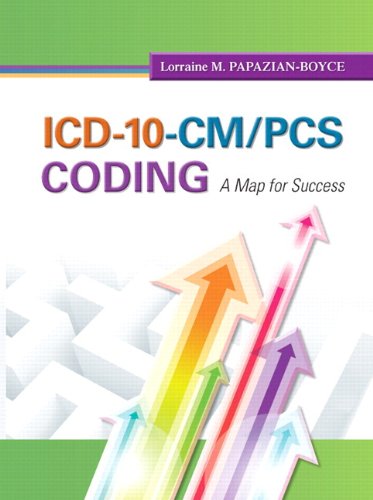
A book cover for ICD-10-CM/PCS Coding: A Map for Success Plus NEW MyHealthProfessionsLab with Pearson eText -- Access Card Package (MyHealthProfessionsLab Series); Lorraine M. Papazian-Boyce MS; Medical Books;